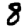
Digit: 8